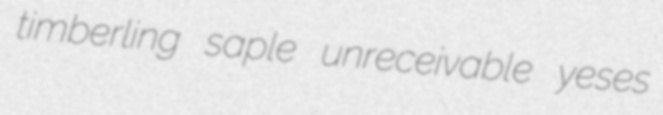
timberling saple unreceivable yeses